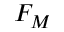
F _ { M }